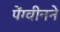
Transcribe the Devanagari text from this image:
पेंग्वीनने